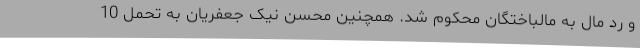
و رد مال به مالباختگان محکوم شد. همچنین محسن نیک جعفریان به تحمل 10